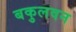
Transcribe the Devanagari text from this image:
बकुलवन